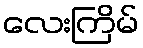
လေးကြိမ်